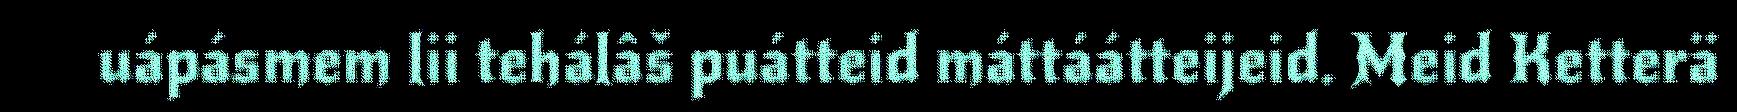
uápásmem lii tehálâš puátteid máttáátteijeid. Meid Ketterä